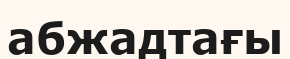
абжадтағы